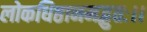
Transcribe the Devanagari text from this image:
लोकधिष्ठानमद्भुतः।।